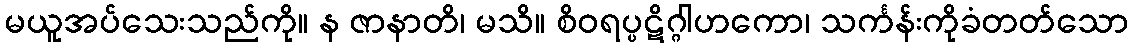
မယူအပ်သေးသည်ကို။ န ဇာနာတိ၊ မသိ။ စိဝရပ္ပဋိဂ္ဂါဟကော၊ သင်္ကန်းကိုခံတတ်သော